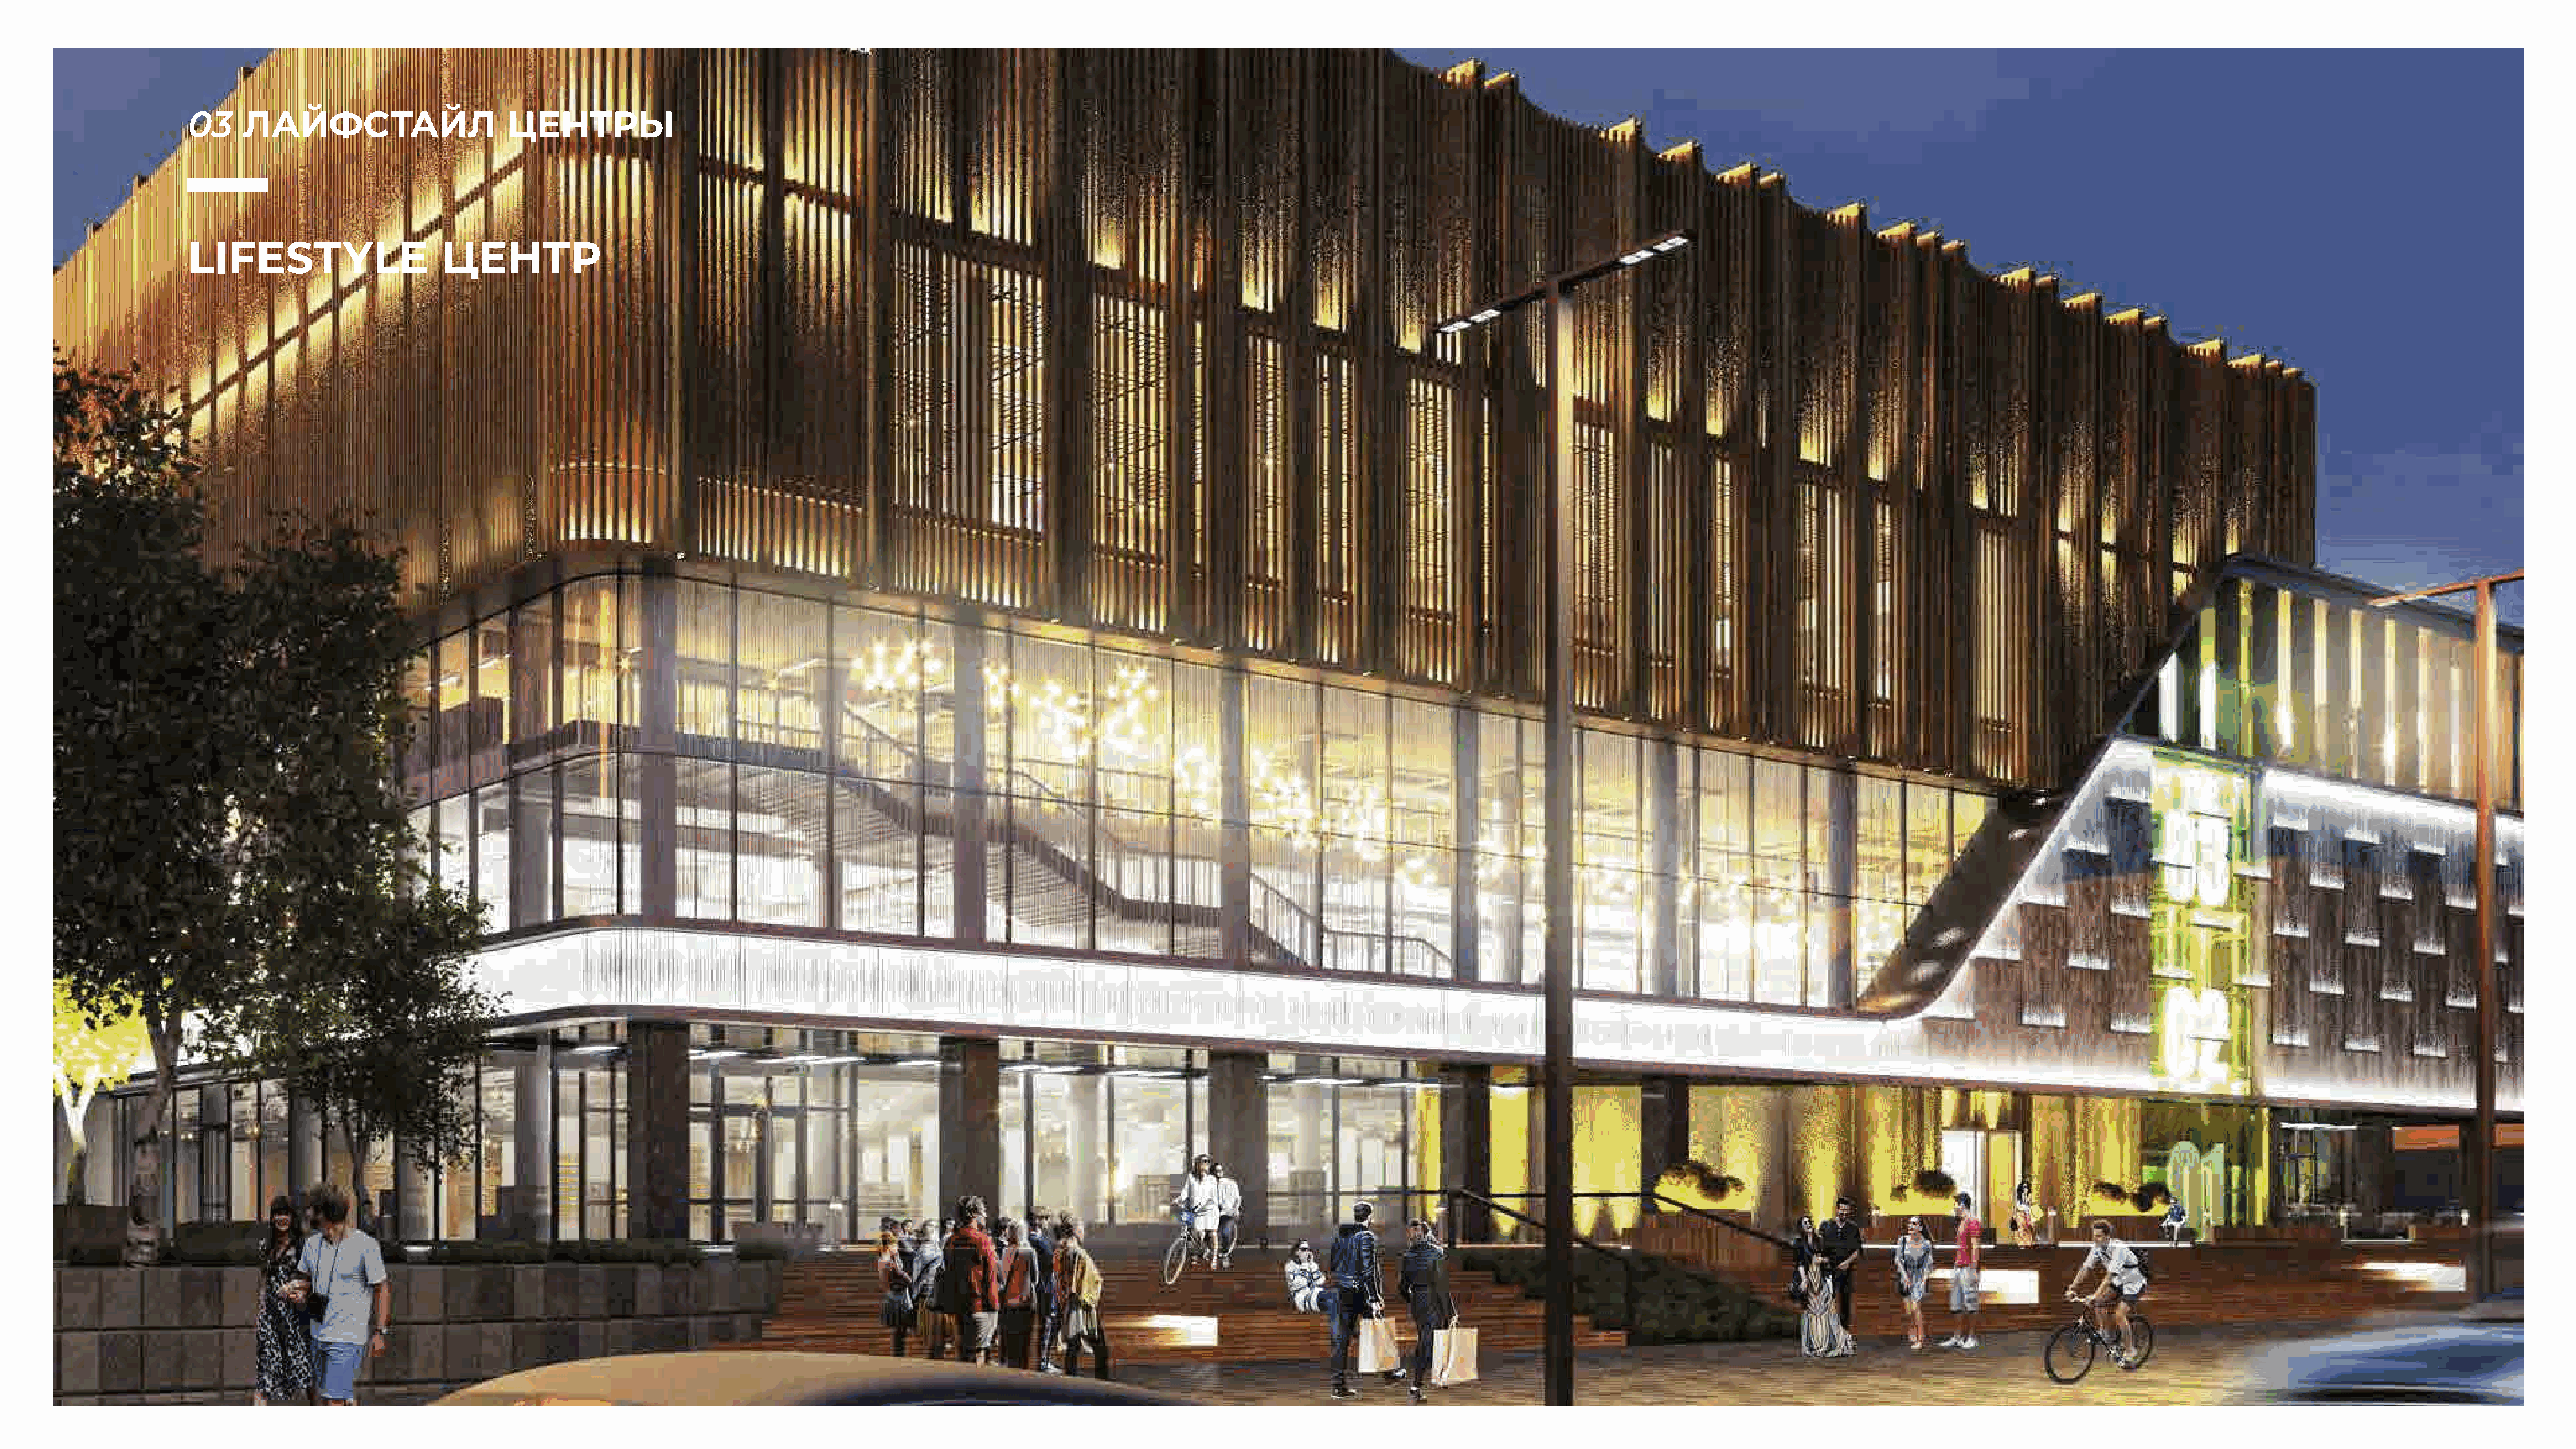
03    ЛАЙФСТАЙЛ                  ЦЕНТРЫ
 LIFESTYLE                 ЦЕНТР